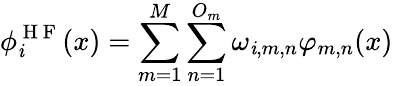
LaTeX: \phi_{\mathit{i}}^{\mathrm{{~H~F~}}}(x)=\sum_{m=1}^{M}\sum_{n=1}^{O_{m}}\omega_{\mathit{i},m,n}\varphi_{m,n}(x)